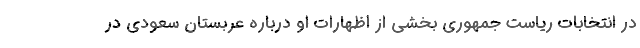
در انتخابات ریاست جمهوری بخشی از اظهارات او درباره عربستان سعودی در